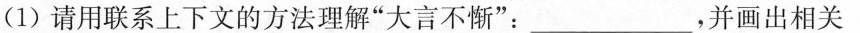
(1)请用联系上下文的方法理解”大言不惭”：___，并画出相关